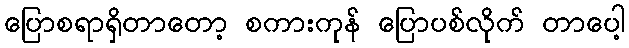
ပြောစရာရှိတာတော့ စကားကုန် ပြောပစ်လိုက် တာပေါ့